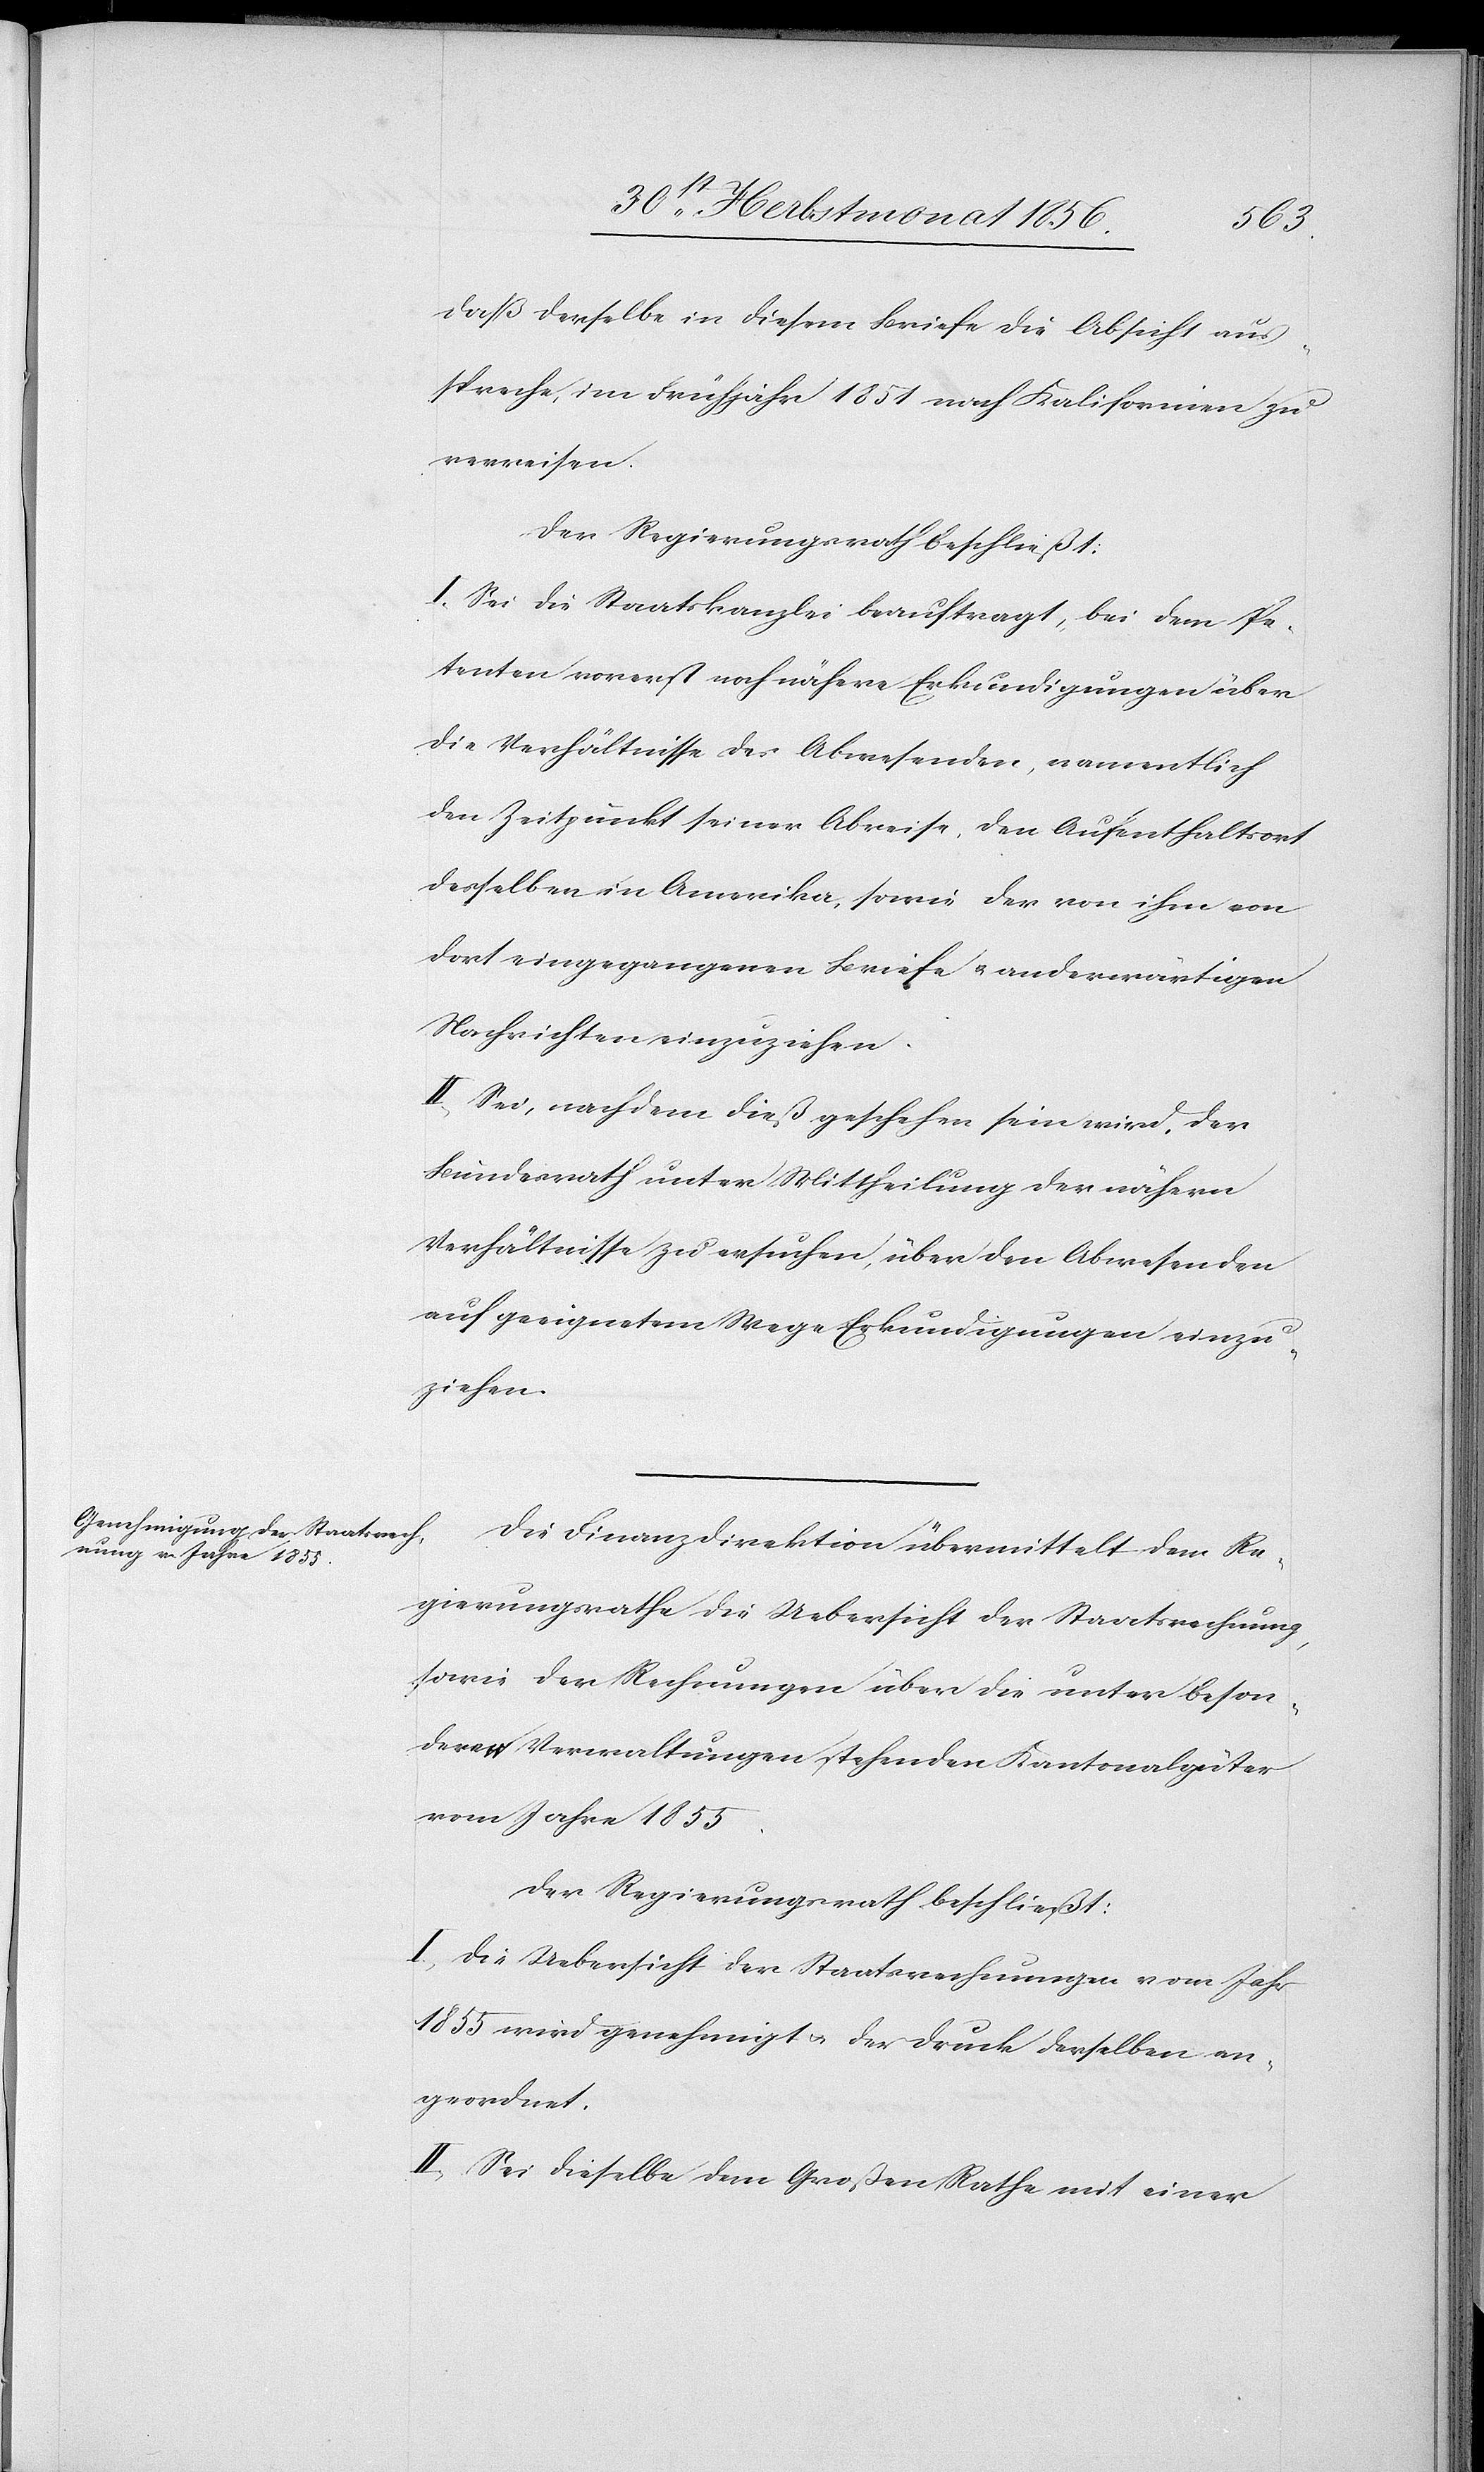
daß derselbe in diesem Briefe die Absicht aus¬
spreche, im Frühjahr 1851 nach Kalifornien zu
verreisen.
Der Regierungsrath beschließt:
I. Sei die Staatskanzlei beauftragt, bei dem Pe¬
tenten vorerst noch nähere Erkundigungen über
die Verhältnisse des Abwesenden, namentlich
den Zeitpunkt seiner Abreise, den Aufenthaltsort
desselben in Amerika, sowie der von ihm von
dort eingegangenen Briefe u. anderwärtigen
Nachrichten einzuziehen.
II. Sei nach dem dieß geschehen sein wird, der
Bundesrath unter Mittheilung der nähern
Verhältnisse zu ersuchen, über den Abwesenden
auf geeignetem Wege Erkundigungen einzu¬
ziehen.
Die Finanzdirektion übermittelt dem Re¬
gierungsrathe die Uebersicht der Staatsrechnung,
sowie der Rechnungen über die unter beson¬
deren Verwaltungen stehenden Kantonalgüter
vom Jahre 1855.
Der Regierungsrath beschließt:
I.) Die Uebersicht der Staatsrechnungen vom Jahr
1855 wird genehmigt u. der Druck derselben an¬
geordnet.
II.) Sei dieselbe dem Großen Rathe mit einer